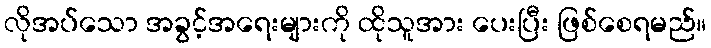
လိုအပ်သော အခွင့်အရေးများကို ထိုသူအား ပေးပြီး ဖြစ်စေရမည်။